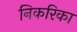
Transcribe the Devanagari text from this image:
निकरिका